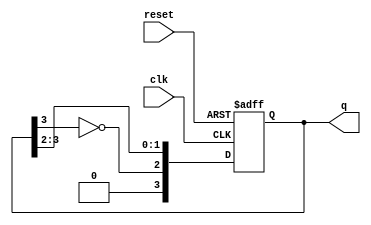
module johnson_counter #(parameter N = 4) (
    input wire clk,         // Clock signal
    input wire reset,       // Asynchronous reset signal
    output reg [N-1:0] q    // Output state of the counter
);

// Always block triggered on the rising edge of the clock or on reset
always @(posedge clk or posedge reset) begin
    if (reset) begin
        // Asynchronous reset: Initialize the counter to 0
        q <= 0;
    end else begin
        // Johnson counter logic
        q <= {~q[N-1], q[N-1:N-2]}; // Shift and feed inverted last bit to the first bit
    end
end

endmodule